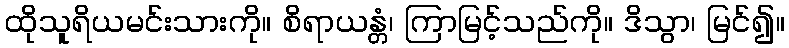
ထိုသူရိယမင်းသားကို။ စိရာယန္တံ၊ ကြာမြင့်သည်ကို။ ဒိသွာ၊ မြင်၍။